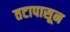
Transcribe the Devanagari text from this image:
तटापासून